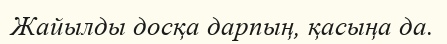
Жайылды досқа дарпың, қасыңа да.